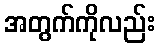
အတွက်ကိုလည်း